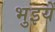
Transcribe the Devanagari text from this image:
भुइयें